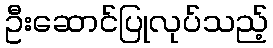
ဦးဆောင်ပြုလုပ်သည့်